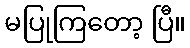
မပြုကြတော့ ပြီ။